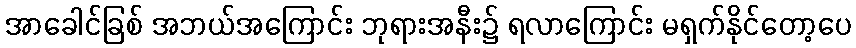
အာခေါင်ခြစ် အဘယ်အကြောင်း ဘုရားအနီး၌ ရလာကြောင်း မရှက်နိုင်တော့ပေ